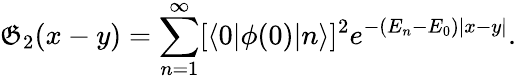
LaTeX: \mathfrak{G}_{2}(x-y)=\sum_{n=1}^{\infty}[\langle0|\phi(0)|n\rangle]^{2}e^{-(E_{n}-E_{0})|x-y|}.